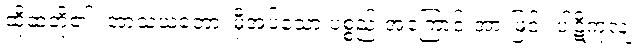
ထိုဆံတို့၏။ အာသယတော၊ မှီအပ်သော ပစ္စည်းအကြောင်းအားဖြင့်။ ပါဋိကုလျံ၊